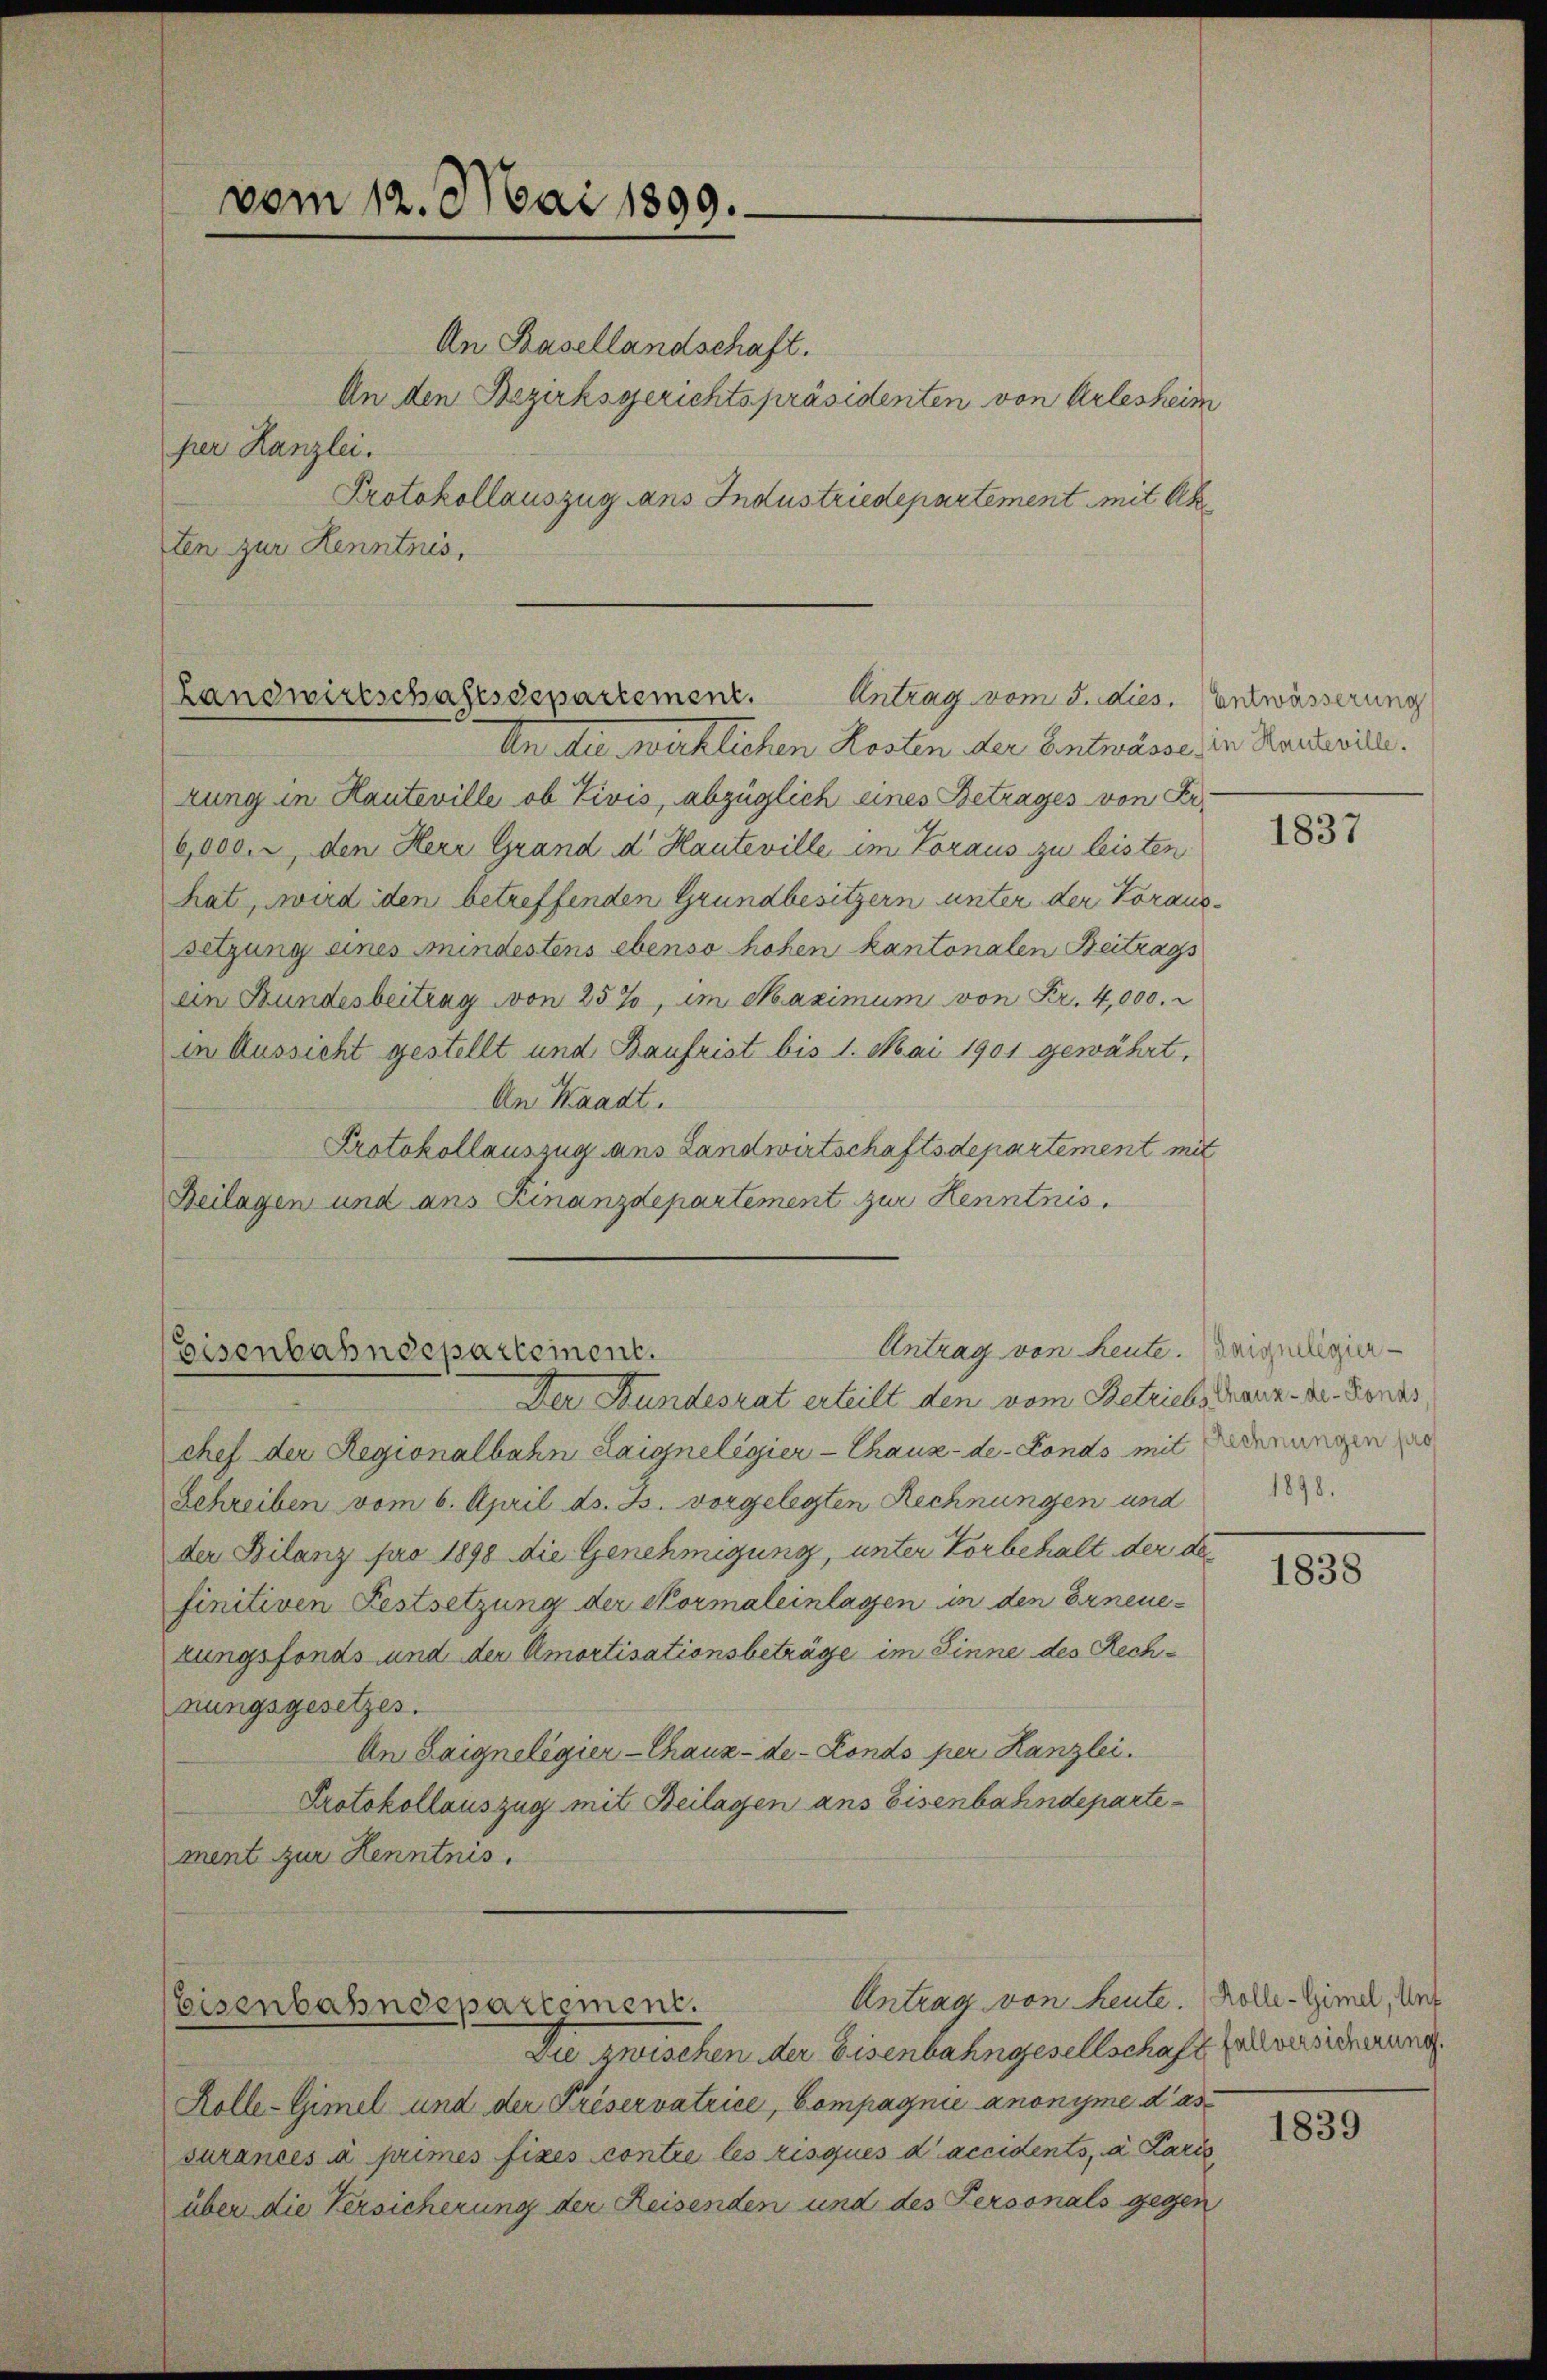
vom 12. Mai 1899.

An Basellandschaft.
An den Bezirksgerichtspräsidenten von Arlesheim
per Kanzlei.
Protokollauszug ans Industriedepartement mit Ak
ten zur Kenntnis,

Landwirtschaftsdepartement.
Antrag vom 5. dies. Entwässerung

An die wirklichen Kosten der Entwässe, die Karteile.
zung in Hauteville ob Vivis, abzüglich eines Betrages von Fr.
6,000. r, den Herr Grand d. Hauteville im Voraus zu leisten
hat, wird iden betreffenden Grundbesitzern unter der Voraussitzung eines mindestens ebenso hohen kantonalen Beitrags
ein Bundesbeitrag von 25%, im Maximum von Fr. 4,000.
in Aussicht gestellt und Baufrist bis 1. Mai 1901 gewährt,
An Waadt.
Protokollauszug aus Landwirtschaftsdepartement mit
Beilagen und ans Finanzdepartement zur Kenntnis

Antrag von Leute. Beiseligier¬
Eisenbahndepartement.

Der Bundesrat erteilt den vom Betriebstanz - Dr. Bonas
chef der Regionalbahn Laigneligier — Chaux-de-Fonds mit denungen er
Schreiben vom 6. April ds. Js. vorgelegten Rechnungen und
der Bilanz pro 1898 die Genehmigung, unter Vorbehalt der de
finitiven Festsetzung der Formaleinlassen in den Erneuezungsfonds und der Amortisationsbeträge im Sinne des Rechnungsgesetzes.
An Laigneligier-Chaux-de-Fonds per Kanzlei.
Protokollauszug mit Beilagen ans Eisenbahndeparte
ment zur Henntnis.
Antrag von heute. Kolle-Gimel, Unt
Eisenbahndepartement.
Die zwischen der Eisenbahngesellschaft zu versicherung
Kolle-Gimel und der Priservatrice, Compagnie anonyme das
surances à primes fixes contre les risques d’accidents, a Paris
über die Versicherung der Reisenden und des Personals gegen

1837

1898.

1838

1839